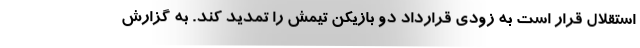
استقلال قرار است به زودی قرارداد دو بازیکن تیمش را تمدید کند. به گزارش